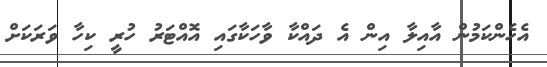
އެހެންކަމުން އާއިލާ އިން އެ ދައްކާ ވާހަކާގައި އޮއްޓަރު ހުރީ ކިހާ ވަރަކަށް